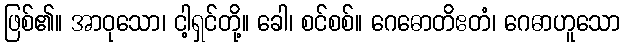
ဖြစ်၏။ အာဝုသော၊ ငါ့ရှင်တို့။ ခေါ၊ စင်စစ်။ ဂေဓောတိဧတံ၊ ဂေဓာဟူသော